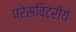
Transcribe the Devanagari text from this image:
प्रेसविटरीय